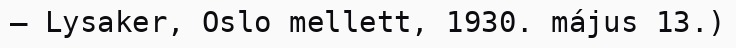
– Lysaker, Oslo mellett, 1930. május 13.)